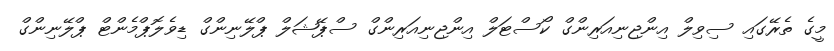
މީގެ ތެރޭގައި ސިވިލް އިންޖިނިއަރިންގް ކޯސްޓަލް އިންޖިނިއަރިންގް ސްޕޭޝަލް ޕްލޭނިންގް ޑިވެލޮޕްމެންޓް ޕްލޭނިންގް